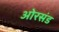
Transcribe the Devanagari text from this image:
ओरसंड